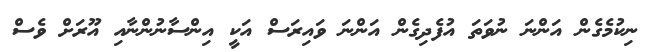
ނިކުމެގެން އަންނަ ނުވަތަ އުފެދިގެން އަންނަ ވައިރަސް އަކީ އިންސާނުންނާއި އޫރަށް ވެސް